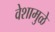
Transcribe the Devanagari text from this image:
वेशामुळे